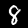
Digit: 8